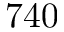
7 4 0